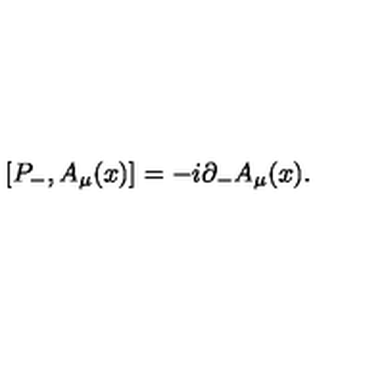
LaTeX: [ P _ { - } , A _ { \mu } ( x ) ] = - i { \partial } _ { - } A _ { \mu } ( x ) .